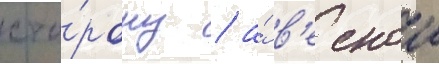
сто́рону / а́ в'еснои